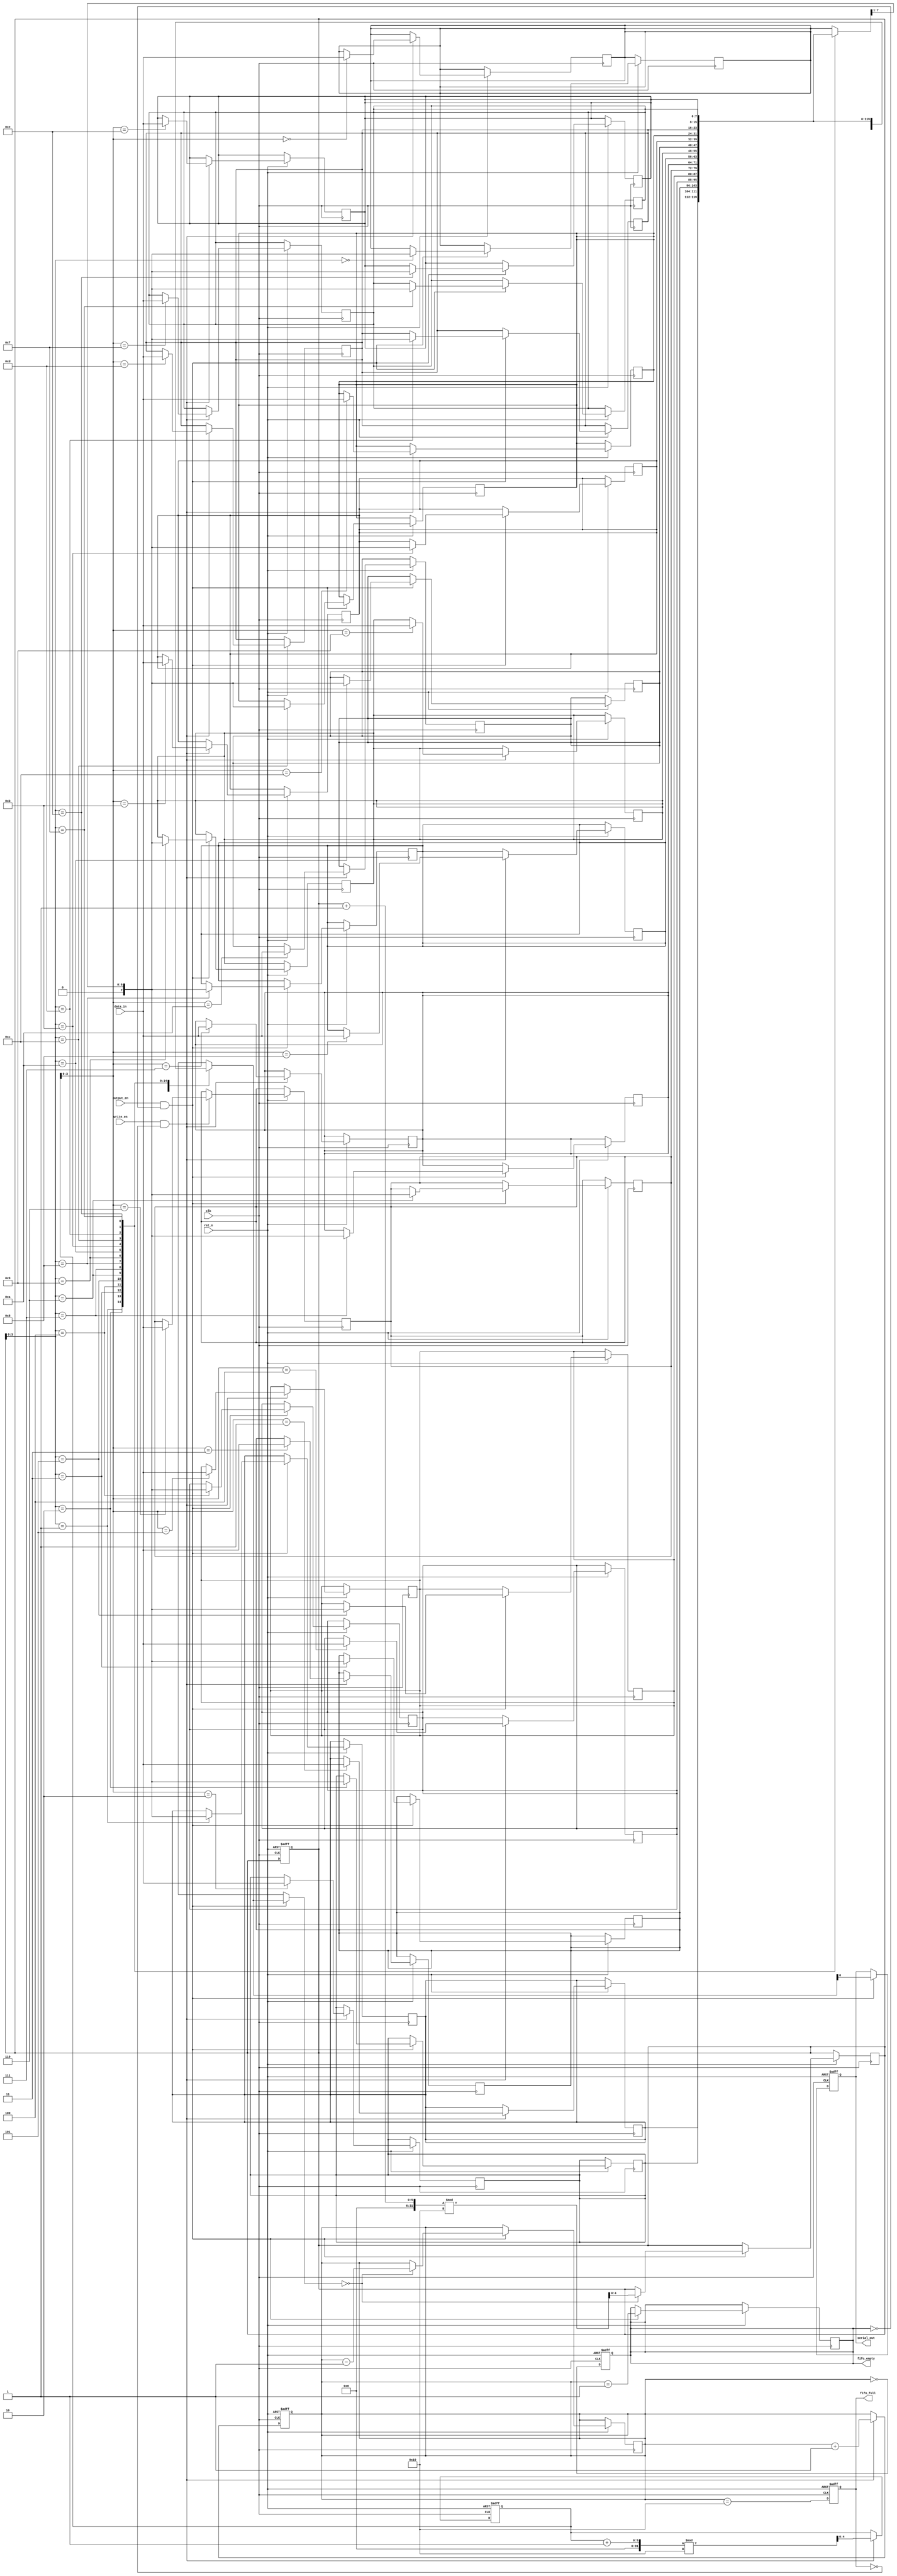
module FIFO_PISO #(parameter DATA_WIDTH = 8, parameter FIFO_DEPTH = 16) (
    input wire clk,
    input wire rst_n,
    input wire write_en,
    input wire output_en,
    input wire [DATA_WIDTH-1:0] data_in,
    output reg serial_out,
    output reg fifo_full,
    output reg fifo_empty
);

    // Internal signals
    reg [DATA_WIDTH-1:0] fifo_mem [0:FIFO_DEPTH-1]; // FIFO memory
    reg [4:0] write_ptr; // Write pointer
    reg [4:0] read_ptr;  // Read pointer
    reg [4:0] count;     // Number of elements in FIFO

    // Asynchronous reset and FIFO initialization
    always @(posedge clk or negedge rst_n) begin
        if (!rst_n) begin
            write_ptr <= 0;
            read_ptr <= 0;
            count <= 0;
            fifo_full <= 0;
            fifo_empty <= 1;
        end else begin
            // Write Logic
            if (write_en && !fifo_full) begin
                fifo_mem[write_ptr] <= data_in; // Store data in FIFO
                write_ptr <= (write_ptr + 1) % FIFO_DEPTH; // Circular buffer
                count <= count + 1;
            end
            
            // Update full/empty flags
            fifo_full <= (count == FIFO_DEPTH);
            fifo_empty <= (count == 0);
        end
    end

    // Output Logic
    always @(posedge clk or negedge rst_n) begin
        if (!rst_n) begin
            serial_out <= 0;
        end else if (output_en && !fifo_empty) begin
            serial_out <= fifo_mem[read_ptr][0]; // Output the LSB first (serially)
            fifo_mem[read_ptr] <= {1'b0, fifo_mem[read_ptr][DATA_WIDTH-1:1]}; // Shift left
            if (fifo_mem[read_ptr] == 0) begin
                read_ptr <= (read_ptr + 1) % FIFO_DEPTH; // Move to next element
                count <= count - 1;
            end
            // Update empty flag
            fifo_empty <= (count == 1);
        end
    end

endmodule